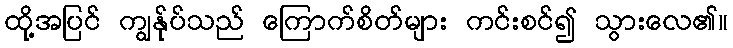
ထို့အပြင် ကျွန်ုပ်သည် ကြောက်စိတ်များ ကင်းစင်၍ သွားလေ၏။